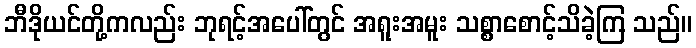
ဘီဒိုယင်တို့ကလည်း ဘုရင့်အပေါ်တွင် အရူးအမူး သစ္စာစောင့်သိခဲ့ကြ သည်။